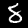
Label: 8